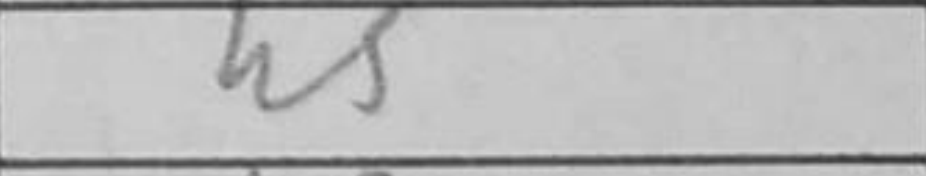
Transcription: h5